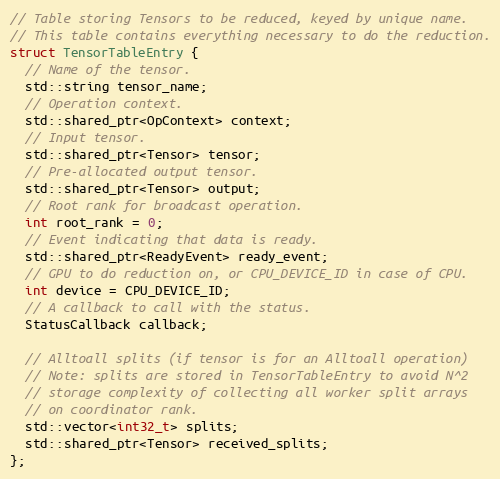
Language: C
// Table storing Tensors to be reduced, keyed by unique name.
// This table contains everything necessary to do the reduction.
struct TensorTableEntry {
  // Name of the tensor.
  std::string tensor_name;
  // Operation context.
  std::shared_ptr<OpContext> context;
  // Input tensor.
  std::shared_ptr<Tensor> tensor;
  // Pre-allocated output tensor.
  std::shared_ptr<Tensor> output;
  // Root rank for broadcast operation.
  int root_rank = 0;
  // Event indicating that data is ready.
  std::shared_ptr<ReadyEvent> ready_event;
  // GPU to do reduction on, or CPU_DEVICE_ID in case of CPU.
  int device = CPU_DEVICE_ID;
  // A callback to call with the status.
  StatusCallback callback;

  // Alltoall splits (if tensor is for an Alltoall operation)
  // Note: splits are stored in TensorTableEntry to avoid N^2
  // storage complexity of collecting all worker split arrays
  // on coordinator rank.
  std::vector<int32_t> splits;
  std::shared_ptr<Tensor> received_splits;
};